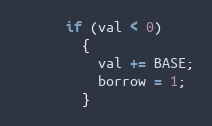
Language: C++
	  if (val < 0)
	    {
	      val += BASE;
	      borrow = 1;
	    }